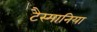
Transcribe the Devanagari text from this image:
टैस्मानिया